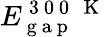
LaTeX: E_{\mathrm{~g~a~p~}}^{\mathrm{~3~0~0~\, ~K~}}